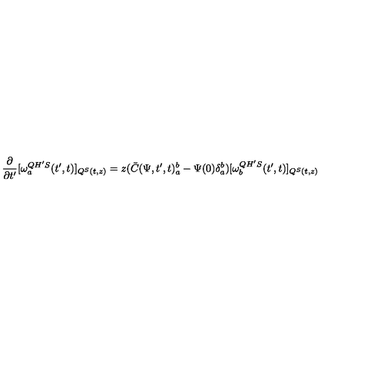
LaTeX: \frac { \partial } { \partial t ^ { \prime } } [ \omega _ { a } ^ { Q H ^ { \prime } S } ( t ^ { \prime } , t ) ] _ { Q ^ { S } ( t , z ) } = z ( \bar { C } ( \Psi , t ^ { \prime } , t ) _ { a } ^ { b } - \Psi ( 0 ) \delta _ { a } ^ { b } ) [ \omega _ { b } ^ { Q H ^ { \prime } S } ( t ^ { \prime } , t ) ] _ { Q ^ { S } ( t , z ) }